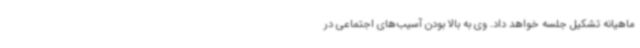
ماهیانه تشکیل جلسه خواهد داد. وی به بالا بودن آسیب‌های اجتماعی در